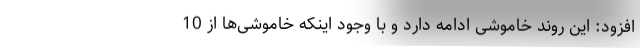
افزود: این روند خاموشی ادامه دارد و با وجود اینکه خاموشی‌ها از 10